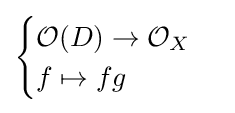
{\begin{cases}{\mathcal {O}}(D)\to {\mathcal {O}}_{X}\\f\mapsto fg\end{cases}}